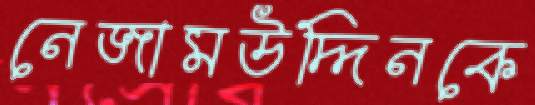
নেজামউদ্দিনকে